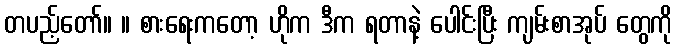
တပည့်တော်။ ။ စားရေးကတော့ ဟိုက ဒီက ရတာနဲ့ ပေါင်းပြီး ကျမ်းစာအုပ် တွေကို